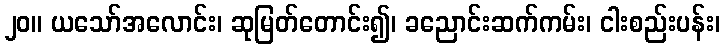
၂၀။ ယသော်အလောင်း၊ ဆုမြတ်တောင်း၍၊ ခညောင်းဆက်ကမ်း၊ ငါးစည်းပန်း၊